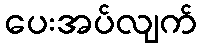
ပေးအပ်လျက်